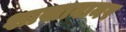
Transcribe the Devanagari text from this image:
शाखावानर